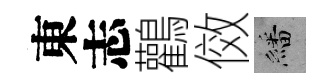
東志鸛傚繙